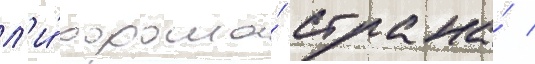
л'и́ хороша́ страна́ /